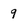
Character: 9